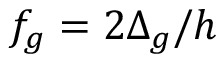
f _ { g } = 2 \Delta _ { g } / h